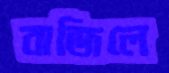
বাজিলে